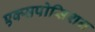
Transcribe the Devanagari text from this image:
एक्सपोसिशन